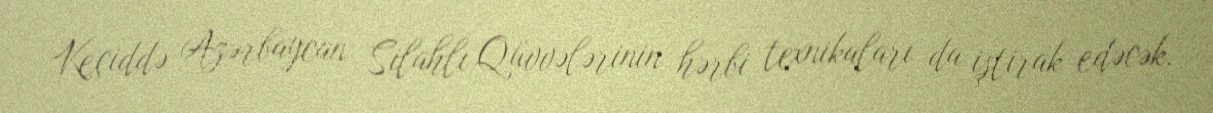
Keçiddə Azərbaycan Silahlı Qüvvələrinin hərbi texnikaları da iştirak edəcək.